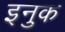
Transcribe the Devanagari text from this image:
इनुक